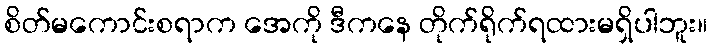
စိတ်မကောင်းစရာက အေကို ဒီကနေ တိုက်ရိုက်ရထားမရှိပါဘူး။